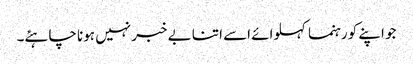
جو اپنے کو رہنما کہلوائے اسے اتنا بے خبر نہیں ہونا چاہئے۔